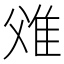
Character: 𨾝